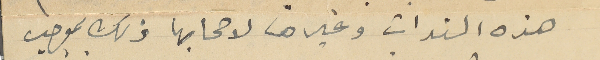
هذه السندات وغيرها لاصحابها ذلك بموجب